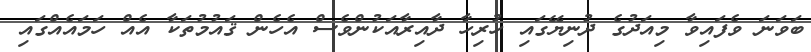
ބަވަނަ ވެފައިވާ މިއަދުގެ ދުނިޔޭގައި ހުރިހާ ދާއިރާއަކުންވެސް އެހެން ޤައުމުތަކާ އެއް ހަމައެއްގައި